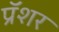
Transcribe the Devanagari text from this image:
प्रॅशर